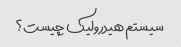
سیستم هیدرولیک چیست؟